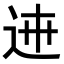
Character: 𨓄